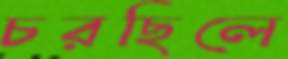
চরছিলে